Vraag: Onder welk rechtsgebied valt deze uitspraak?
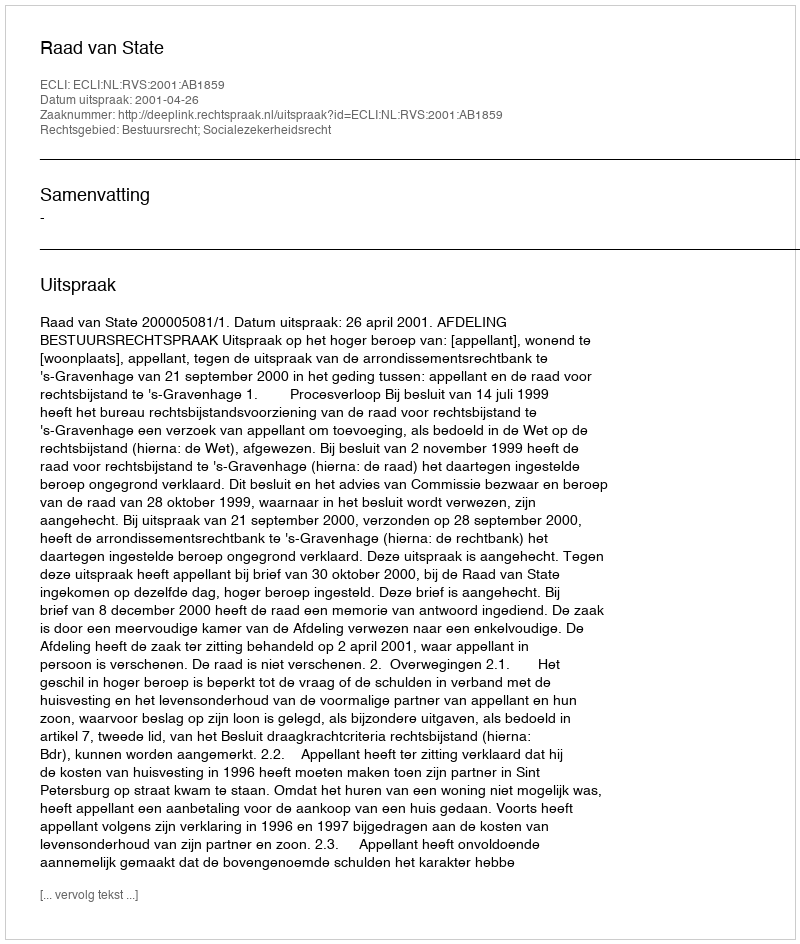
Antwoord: Bestuursrecht; Socialezekerheidsrecht